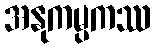
အနုကမ္ပကဿ